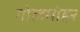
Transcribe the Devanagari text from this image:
गोलमोहर